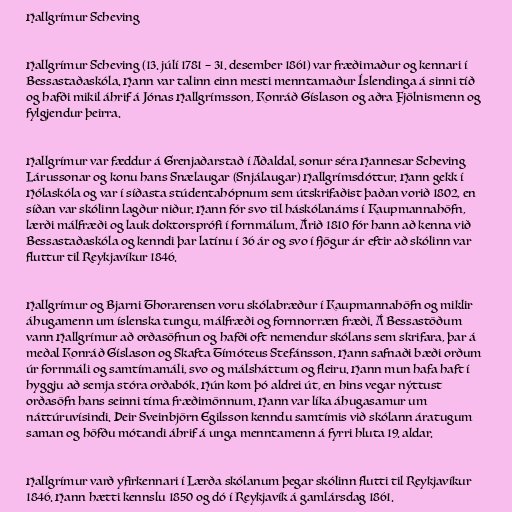
Hallgrímur Scheving

Hallgrímur Scheving (13. júlí 1781 – 31. desember 1861) var fræðimaður og kennari í
Bessastaðaskóla. Hann var talinn einn mesti menntamaður Íslendinga á sinni tíð
og hafði mikil áhrif á Jónas Hallgrímsson, Konráð Gíslason og aðra Fjölnismenn og
fylgjendur þeirra.

Hallgrímur var fæddur á Grenjaðarstað í Aðaldal, sonur séra Hannesar Scheving
Lárussonar og konu hans Snælaugar (Snjálaugar) Hallgrímsdóttur. Hann gekk í
Hólaskóla og var í síðasta stúdentahópnum sem útskrifaðist þaðan vorið 1802, en
síðan var skólinn lagður niður. Hann fór svo til háskólanáms í Kaupmannahöfn,
lærði málfræði og lauk doktorsprófi í fornmálum. Árið 1810 fór hann að kenna við
Bessastaðaskóla og kenndi þar latínu í 36 ár og svo í fjögur ár eftir að skólinn var
fluttur til Reykjavíkur 1846.

Hallgrímur og Bjarni Thorarensen voru skólabræður í Kaupmannahöfn og miklir
áhugamenn um íslenska tungu, málfræði og fornnorræn fræði. Á Bessastöðum
vann Hallgrímur að orðasöfnun og hafði oft nemendur skólans sem skrifara, þar á
meðal Konráð Gíslason og Skafta Tímóteus Stefánsson. Hann safnaði bæði orðum
úr fornmáli og samtímamáli, svo og málsháttum og fleiru. Hann mun hafa haft í
hyggju að semja stóra orðabók. Hún kom þó aldrei út, en hins vegar nýttust
orðasöfn hans seinni tíma fræðimönnum. Hann var líka áhugasamur um
náttúruvísindi. Þeir Sveinbjörn Egilsson kenndu samtímis við skólann áratugum
saman og höfðu mótandi áhrif á unga menntamenn á fyrri hluta 19. aldar.

Hallgrímur varð yfirkennari í Lærða skólanum þegar skólinn flutti til Reykjavíkur
1846. Hann hætti kennslu 1850 og dó í Reykjavík á gamlársdag 1861.